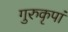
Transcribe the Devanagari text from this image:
गुरुकृपां